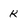
Character: K